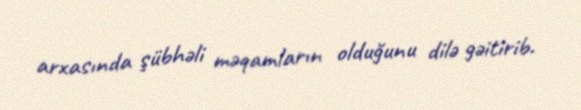
arxasında şübhəli məqamların olduğunu dilə gəitirib.